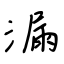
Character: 漏